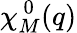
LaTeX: \chi_{M}^{~0}(q)